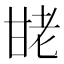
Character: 𰢩